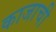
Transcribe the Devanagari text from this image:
काजाची